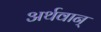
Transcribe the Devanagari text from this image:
अर्थवान्